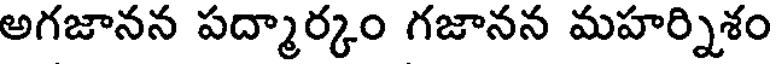
అగజానన పద్మార్కం గజానన మహర్నిశం